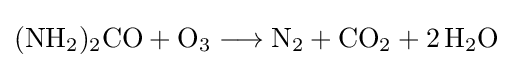
{(\mathrm {NH} {\vphantom {A}}_{\smash[{t}]{2}}){\vphantom {A}}_{\smash[{t}]{2}}\mathrm {CO} {}+{}\mathrm {O} {\vphantom {A}}_{\smash[{t}]{3}}{}\mathrel {\longrightarrow } {}\mathrm {N} {\vphantom {A}}_{\smash[{t}]{2}}{}+{}\mathrm {CO} {\vphantom {A}}_{\smash[{t}]{2}}{}+{}2\,\mathrm {H} {\vphantom {A}}_{\smash[{t}]{2}}\mathrm {O} }